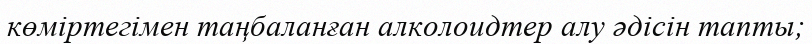
көміртегімен таңбаланған алколоидтер алу әдісін тапты;